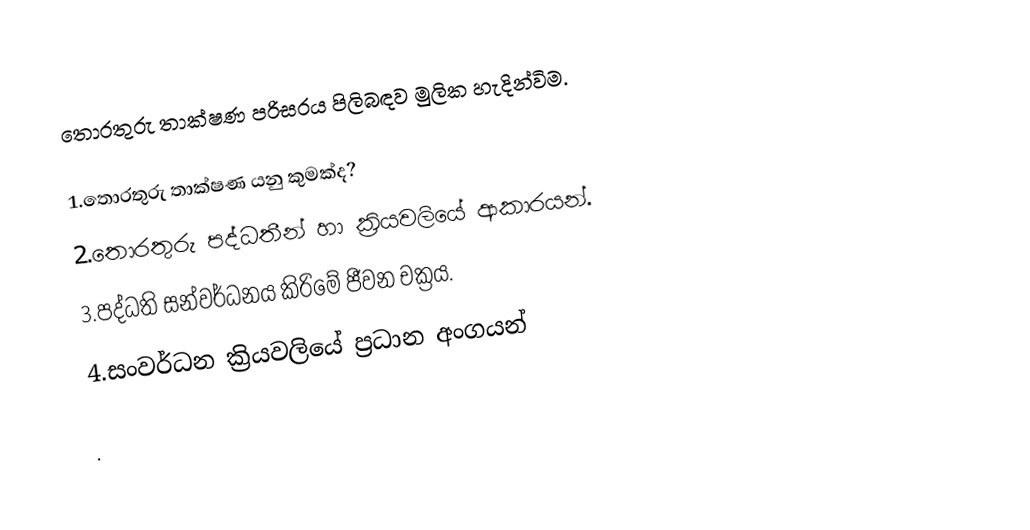
තොරතුරු තාක්ෂණ පරිසරය පිලිබඳව මුලික හැදින්විම.

1.තොරතුරු තාක්ෂණ යනු කුමක්ද?
2.තොරතුරු පද්ධතීන් හා ක්‍රියවලියේ ආකාරයන්.
3.පද්ධති සන්වර්ධනය කිරිමේ ජීවන චක්‍රය.
4.සංවර්ධන ක්‍රියවලියේ ප්‍රධාන අංගයන්

.